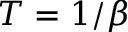
T = 1 / \beta